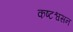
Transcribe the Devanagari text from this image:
कष्टश्वसन